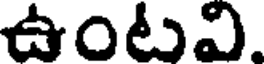
ఉంటవి.